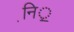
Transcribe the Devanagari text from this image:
नि़़॒